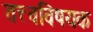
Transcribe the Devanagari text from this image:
तत्त्वविषयक